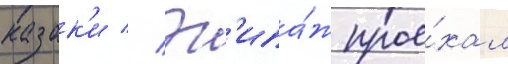
казак'и // Эк'ипа́ж прое́хал